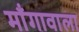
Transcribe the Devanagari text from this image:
माँगावाला